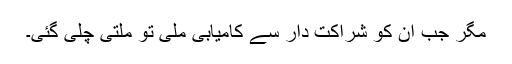
مگر جب ان کو شراکت دار سے کامیابی ملی تو ملتی چلی گئی۔